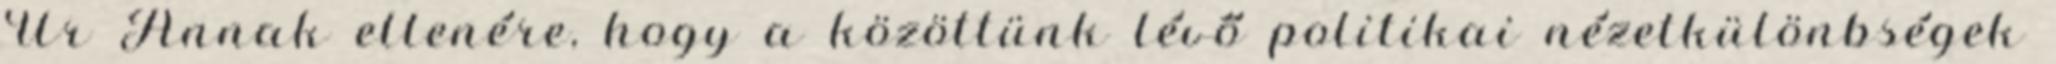
Úr Annak ellenére, hogy a közöttünk lévő politikai nézetkülönbségek